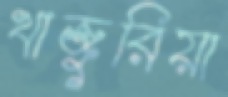
খাজুরিয়া